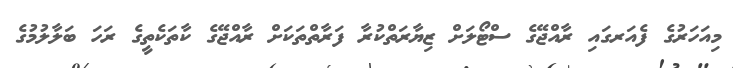
މިއަހަރުގެ ފެއަރގައި ރާއްޖޭގެ ސްޓޯލަށް ޒިޔާރަތްކުރާ ފަރާތްތަކަށް ރާއްޖޭގެ ކާތަކެތީގެ ރަހަ ބަލާލުމުގެ